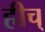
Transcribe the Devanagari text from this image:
हीच्